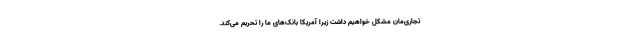
تجاری‌مان مشکل خواهیم داشت زیرا آمریکا بانک‌های ما را تحریم می‌کند.